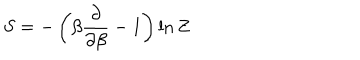
S = - \left( \beta \frac { \partial } { \partial \beta } - 1 \right) \ln Z